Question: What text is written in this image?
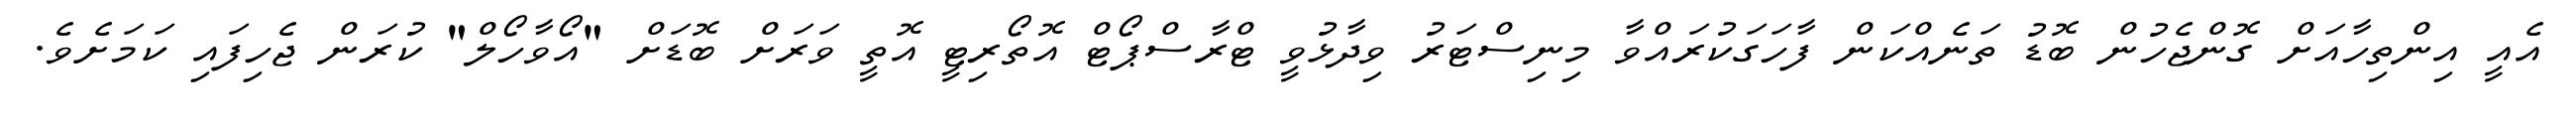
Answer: އެއީ އިންތިހާއަށް ގޮންޖެހުން ބޮޑު ތަނެއްކަން ފާހަގަކުރައްވާ މިނިސްޓަރު ވިދާޅުވީ ޓްރާސްޕޯޓް އޮތޯރިޓީ އޮތީ ވަރަށް ބޮޑަށް "އޯވާހޯލް" ކުރަން ޖެހިފައި ކަމަށެވެ.